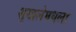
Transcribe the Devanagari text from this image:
शृखलेमधला